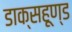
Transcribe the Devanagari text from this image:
डाक्सहूण्ड